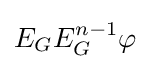
E_{G}E_{G}^{n-1}\varphi